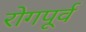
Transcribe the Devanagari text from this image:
रोगपूर्व